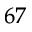
^ { 6 7 }